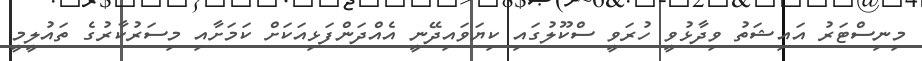
މިނިސްޓަރު އައިޝަތު ވިދާޅުވީ ހުރަވީ ސްކޫލުގައި ކިޔަވައިދޭނީ އެއްދަންފަޅިއަކަށް ކަމަށާއި މިސަރުކާރުގެ ތައުލީމީ